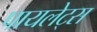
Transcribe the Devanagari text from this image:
पायलेट्स